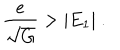
{ \frac { e } { \sqrt G } } > | E _ { 1 } | ~ .